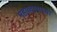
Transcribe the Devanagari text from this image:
महाव्दाराच्या